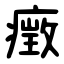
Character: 㿂